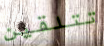
تتلقين